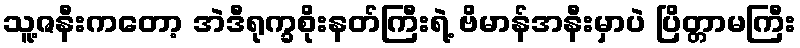
သူ့ဇနီးကတော့ အဲဒီရုက္ခစိုးနတ်ကြီးရဲ့ ဗိမာန်အနီးမှာပဲ ပြိတ္တာမကြီး